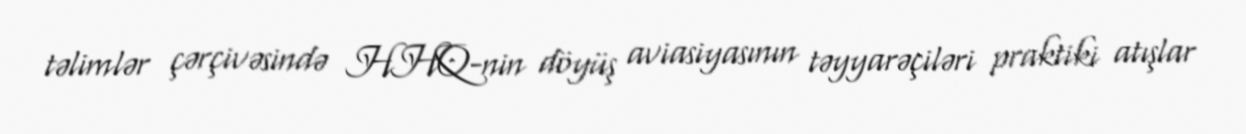
təlimlər çərçivəsində HHQ-nin döyüş aviasiyasının təyyarəçiləri praktiki atışlar